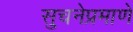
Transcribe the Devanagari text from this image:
सुचनेप्रमाणे